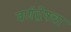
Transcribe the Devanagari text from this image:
वर्णद्वेषचा